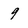
Character: 9